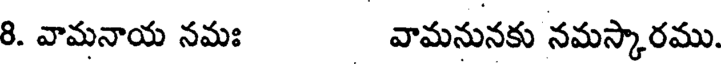
8. వామనాయ నమః వామనునకు నమస్కారము.